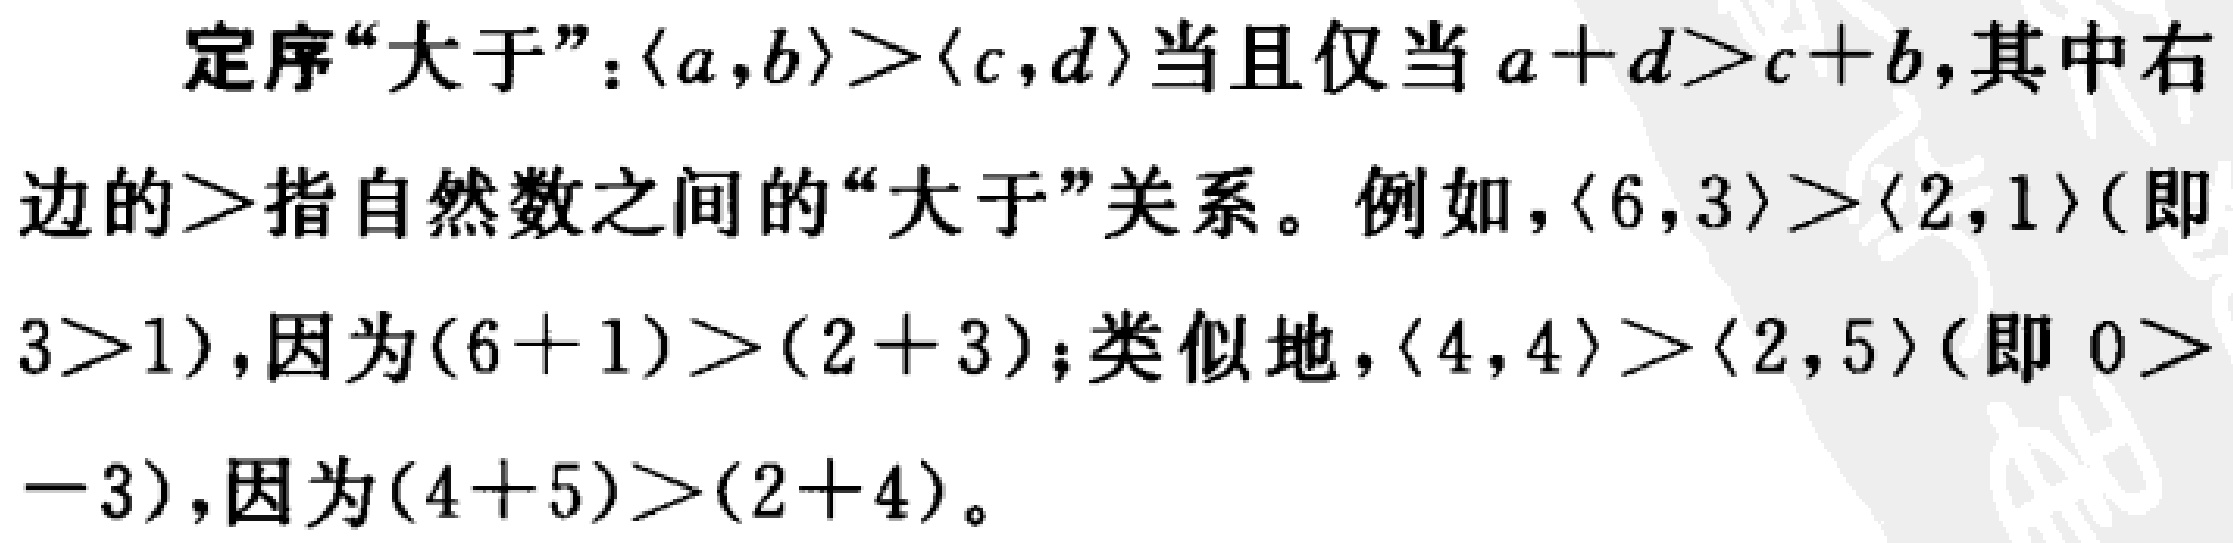
定序“大于”：$\langle a,b\rangle > \langle c,d\rangle$当且仅当$a + d > c + b$，其中右边的$>$指自然数之间的“大于”关系。例如，$\langle 6,3\rangle > \langle 2,1\rangle$（即$3>1$），因为$(6 + 1) > (2 + 3)$；类似地，$\langle 4,4\rangle > \langle 2,5\rangle$（即 $0 > -3$），因为$(4 + 5) > (2 + 4)$。